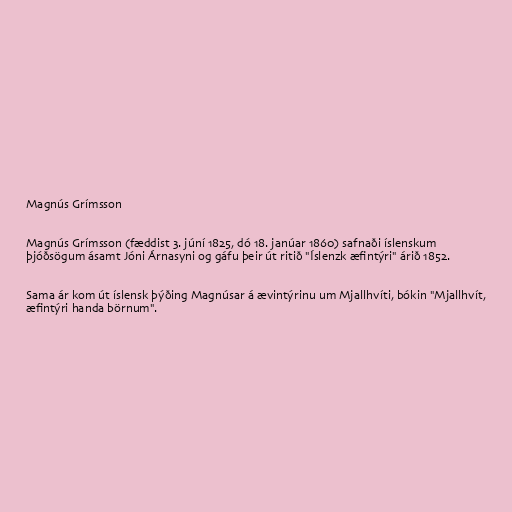
Magnús Grímsson

Magnús Grímsson (fæddist 3. júní 1825, dó 18. janúar 1860) safnaði íslenskum
þjóðsögum ásamt Jóni Árnasyni og gáfu þeir út ritið "Íslenzk æfintýri" árið 1852.

Sama ár kom út íslensk þýðing Magnúsar á ævintýrinu um Mjallhvíti, bókin "Mjallhvít,
æfintýri handa börnum".